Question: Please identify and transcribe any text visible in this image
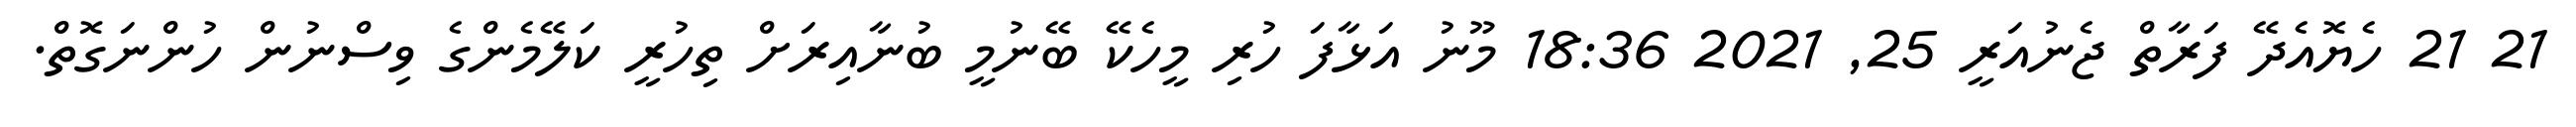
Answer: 21 21 ހެޔޮއެދޭ ފަރާތް ޖެނުއަރީ 25, 2021 18:36 މޫނު އަޅާފަ ހުރި މީހެކޭ ބޭނުމީ ބުނާއިރަށް ތިހުރީ ކަލޭމެންގެ ވިސްނުން ހުންނަގޮތް.